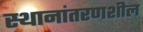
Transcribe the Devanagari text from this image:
स्थानांतरणशील